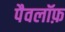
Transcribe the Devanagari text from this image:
पैवलॉफ़